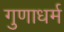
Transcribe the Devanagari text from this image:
गुणाधर्म